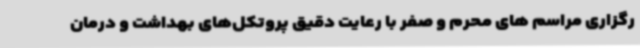
رگزاری مراسم های محرم و صفر با رعایت دقیق پروتکل‌های بهداشت و درمان